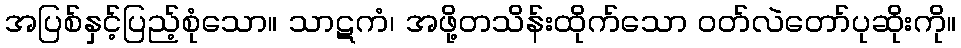
အပြစ်နှင့်ပြည့်စုံသော။ သာဋကံ၊ အဖို့တသိန်းထိုက်သော ဝတ်လဲတော်ပုဆိုးကို။